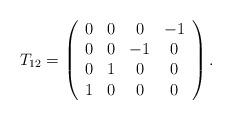
LaTeX: \begin{align*}T_{12}=\left(\begin{array}{cccc}0&0&0& -1 \\0&0&-1&0 \\0&1&0 &0 \\1 &0&0&0\end{array}\right).\end{align*}